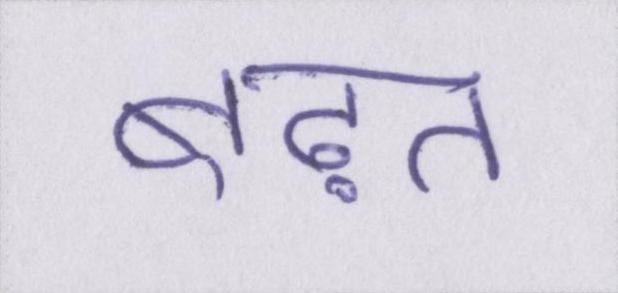
बढ़त